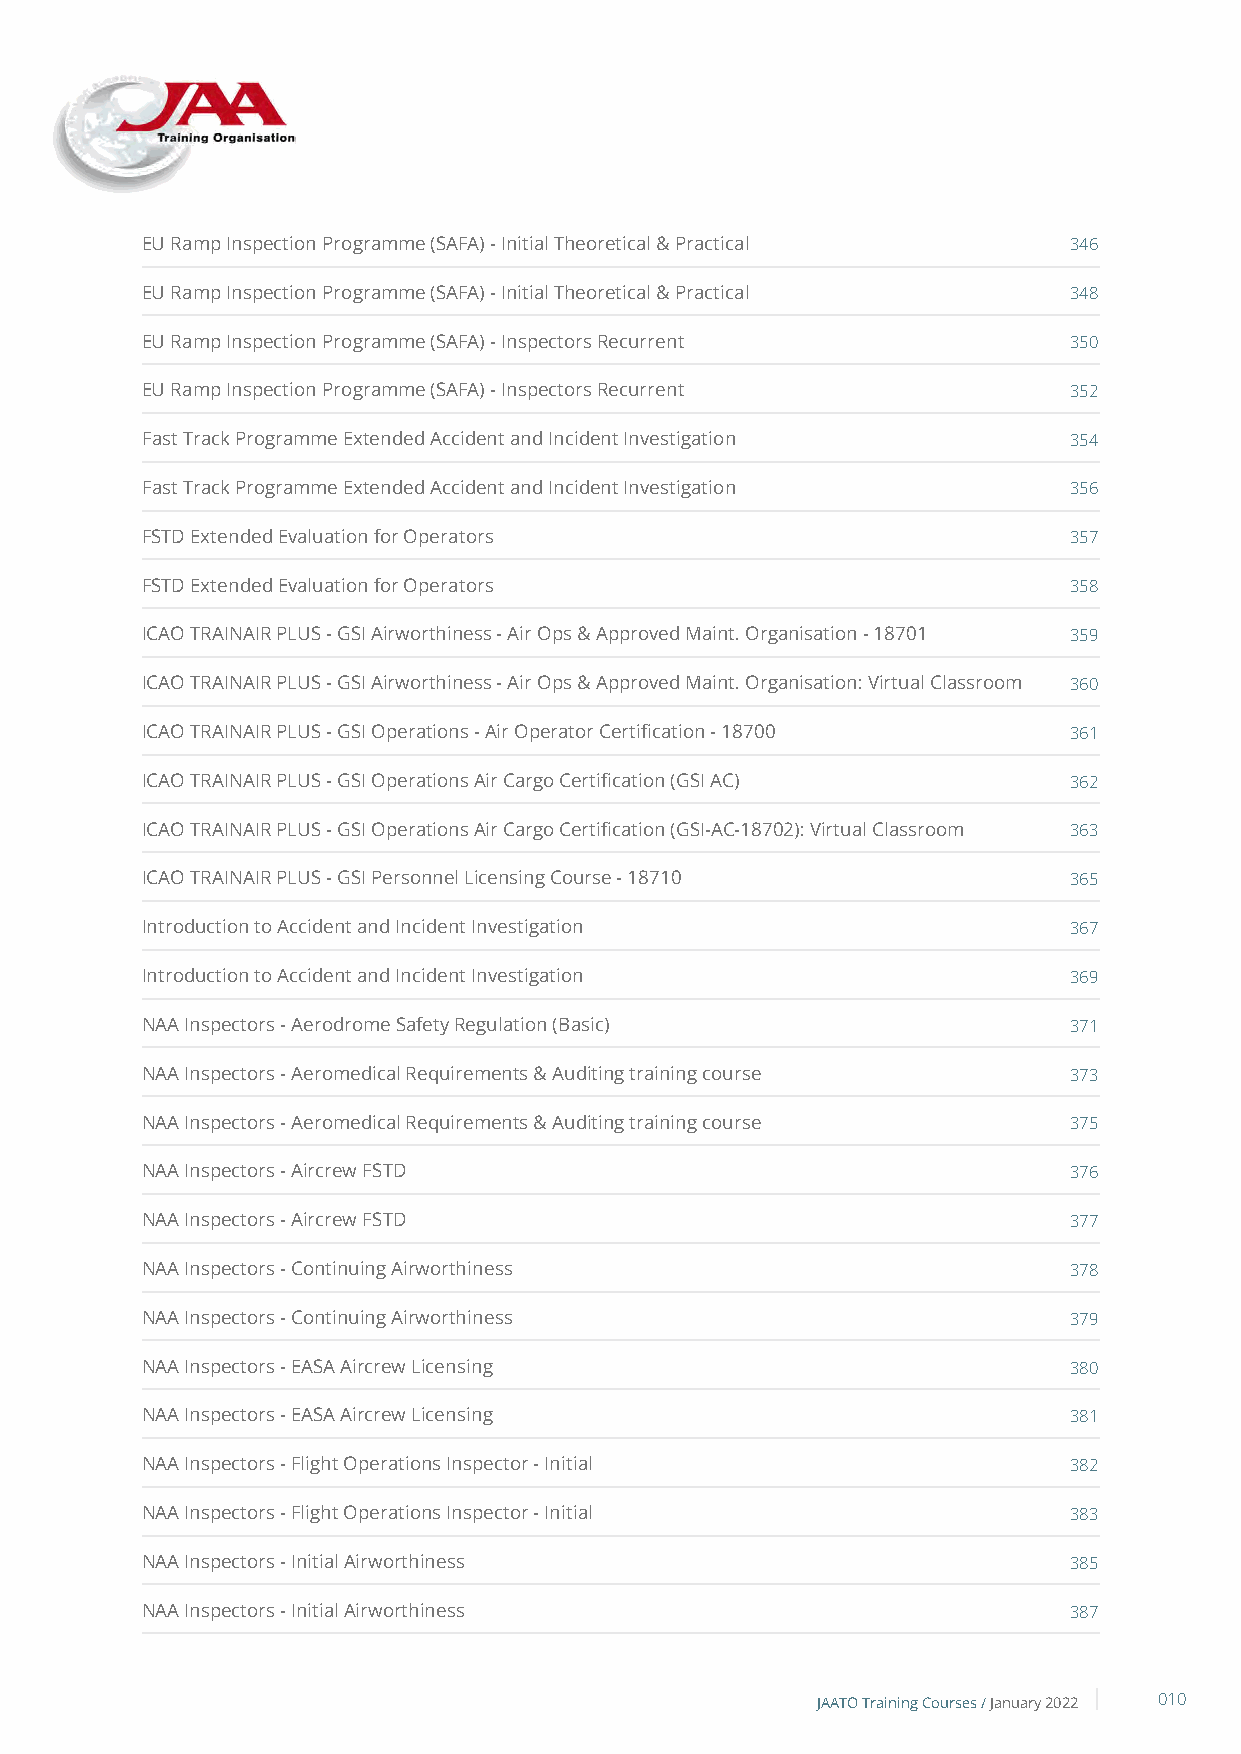
EU Ramp Inspection Programme (SAFA) - Initial Theoretical & Practical 346
 EU Ramp Inspection Programme (SAFA) - Initial Theoretical & Practical 348
 EU Ramp Inspection Programme (SAFA) - Inspectors Recurrent    350
 EU Ramp Inspection Programme (SAFA) - Inspectors Recurrent    352
 Fast Track Programme Extended Accident and Incident Investigation 354
 Fast Track Programme Extended Accident and Incident Investigation 356
 FSTD Extended Evaluation for Operators                        357
 FSTD Extended Evaluation for Operators                        358
 ICAO TRAINAIR PLUS - GSI Airworthiness - Air Ops & Approved Maint. Organisation - 18701 359
 ICAO TRAINAIR PLUS - GSI Airworthiness - Air Ops & Approved Maint. Organisation: Virtual Classroom 360
 ICAO TRAINAIR PLUS - GSI Operations - Air Operator Certification - 18700 361
 ICAO TRAINAIR PLUS - GSI Operations Air Cargo Certification (GSI AC) 362
 ICAO TRAINAIR PLUS - GSI Operations Air Cargo Certification (GSI-AC-18702): Virtual Classroom 363
 ICAO TRAINAIR PLUS - GSI Personnel Licensing Course - 18710   365
 Introduction to Accident and Incident Investigation           367
 Introduction to Accident and Incident Investigation           369
 NAA Inspectors - Aerodrome Safety Regulation (Basic)          371
 NAA Inspectors - Aeromedical Requirements & Auditing training course 373
 NAA Inspectors - Aeromedical Requirements & Auditing training course 375
 NAA Inspectors - Aircrew FSTD                                 376
 NAA Inspectors - Aircrew FSTD                                 377
 NAA Inspectors - Continuing Airworthiness                     378
 NAA Inspectors - Continuing Airworthiness                     379
 NAA Inspectors - EASA Aircrew Licensing                       380
 NAA Inspectors - EASA Aircrew Licensing                       381
 NAA Inspectors - Flight Operations Inspector - Initial        382
 NAA Inspectors - Flight Operations Inspector - Initial        383
 NAA Inspectors - Initial Airworthiness                        385
 NAA Inspectors - Initial Airworthiness                        387
 JAATO Training Courses /January 2022 010